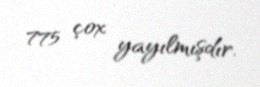
775 çox yayılmışdır.